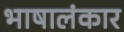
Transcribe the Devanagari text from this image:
भाषालंकार